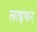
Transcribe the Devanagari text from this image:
लाइफर